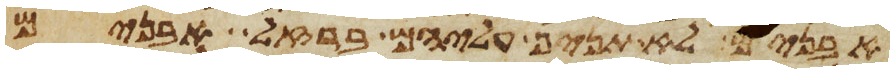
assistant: אבנים לא תניף עליהם ברזל אבנים